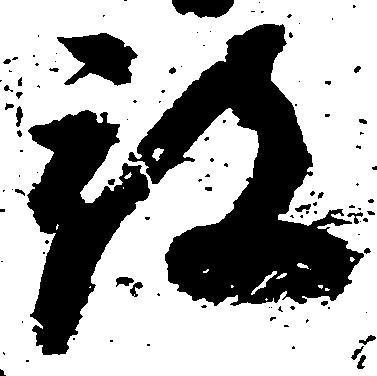
被